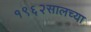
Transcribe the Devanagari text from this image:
१९६२सालच्या